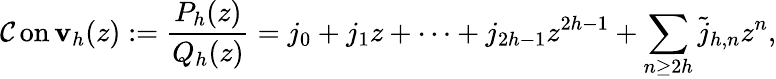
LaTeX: \operatorname{\mathcal{C}on\mathbf{v}}_{h}(z):={\frac{{P_{h}(z)}}{{Q_{h}(z)}}}=j_{0}+j_{1}z+\cdots+j_{2h-1}z^{2h-1}+\sum_{n\geq2h}{\widetilde{{j}}}_{h,n}z^{n},